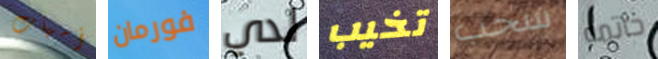
أمهات فورمان لدي تخيب سحب خاتمه